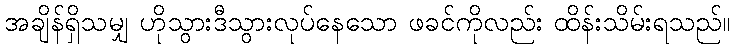
အချိန်ရှိသမျှ ဟိုသွားဒီသွားလုပ်နေသော ဖခင်ကိုလည်း ထိန်းသိမ်းရသည်။